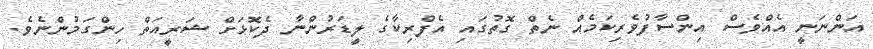
އަންނަނީ އެއްވެސް އިންސާފުވެރިކަމެއް ނެތް ގޮތުގައި އެފްރިކާގެ ލީޑަރުންނާ ދެކޮޅަށް ޝަރީއަތް ހިންގަމުންނެވެ.